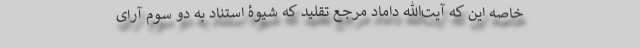
خاصه این که آیت‌الله داماد مرجع تقلید که شیوۀ استناد به دو سوم آرای